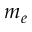
m _ { e }